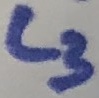
Text: L3